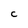
Character: C